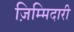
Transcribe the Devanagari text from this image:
ज़िम्मिदारी